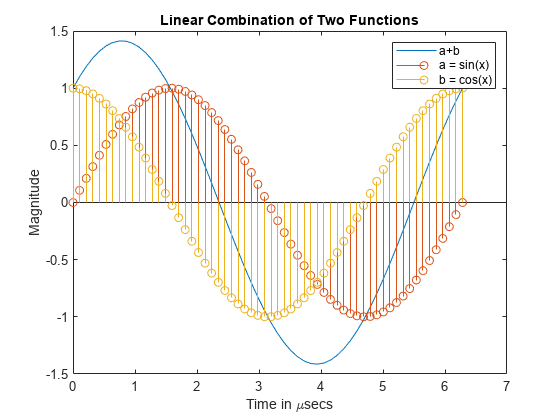
matlab, plot, stem